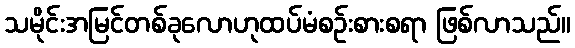
သမိုင်းအမြင်တစ်ခုလောဟုထပ်မံစဉ်းစားစရာ ဖြစ်လာသည်။